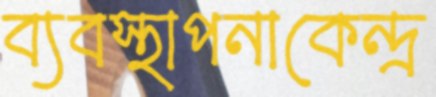
ব্যবস্থাপনাকেন্দ্র